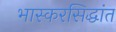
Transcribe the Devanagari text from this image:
भास्करसिद्धांत